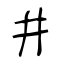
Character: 井